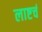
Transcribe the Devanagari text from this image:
लाष्टचं